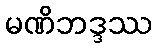
မဏိဘဒ္ဒဿ